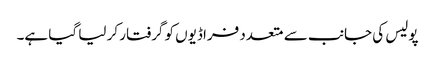
پولیس کی جانب سے متعدد فراڈیوں کو گرفتار کر لیا گیا ہے۔